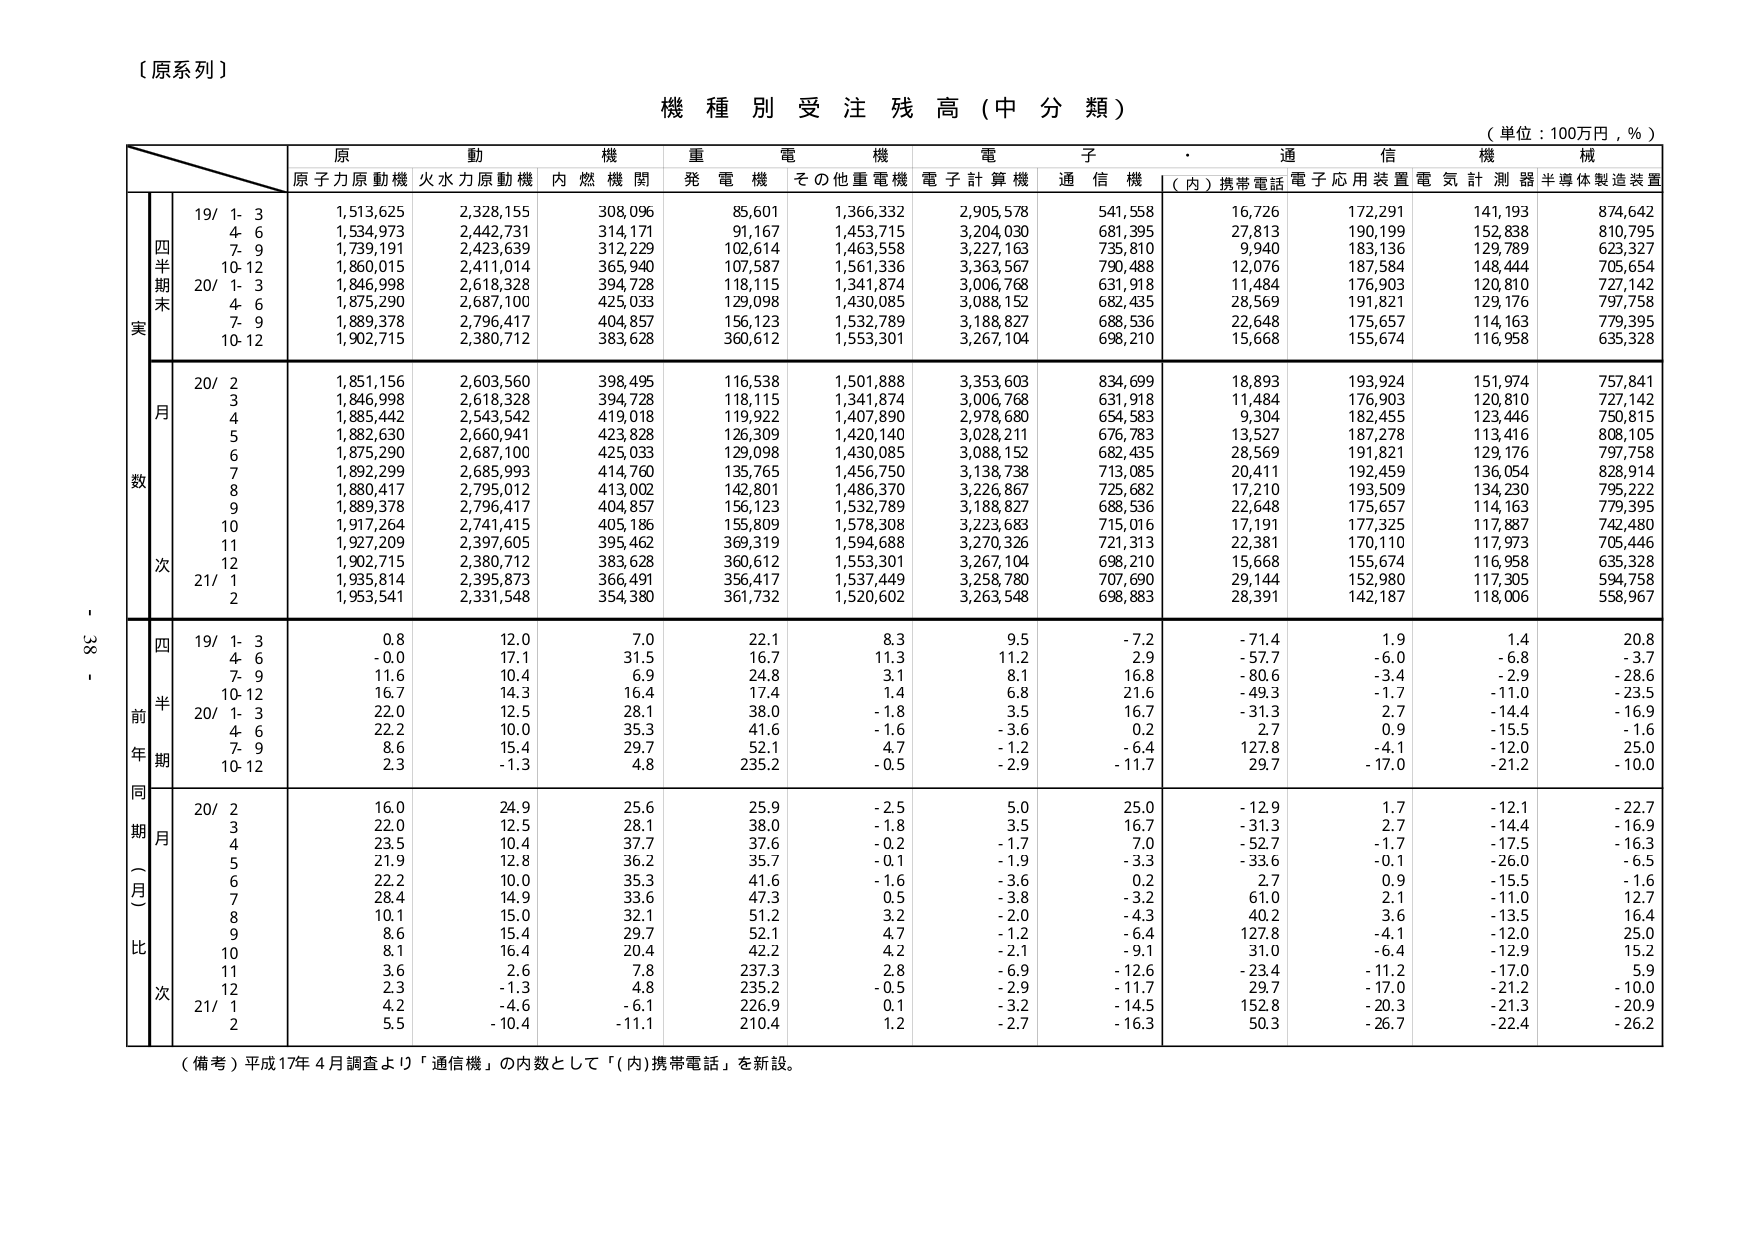
（原系列）

機種別受注残高（中分類）

（単位：100万円，％）

原動機　重電機　電子　通信機械
原子力原動機　火力力原動機　内燃機関　発電機　その他重電機　電子計算機　通信機　（内）携帯電話　電子応用装置　電気計測器　半導体製造装置

四半期末実数
19/ 1-3　1,513,625　2,328,155　308,096　85,601　1,366,332　2,905,578　541,558　16,726　172,291　141,193　874,642
　4-6　1,534,973　2,442,731　314,171　91,167　1,453,715　3,204,030　681,395　27,813　190,199　152,838　810,795
　7-9　1,739,191　2,423,639　312,229　102,614　1,463,558　3,227,163　735,810　9,940　183,136　129,789　623,327
　10-12　1,860,015　2,411,014　365,940　107,587　1,561,336　3,363,567　790,488　12,076　187,584　148,444　705,654
20/ 1-3　1,846,998　2,618,328　394,728　118,115　1,341,874　3,006,768　631,918　11,484　176,903　120,810　727,142
　4-6　1,875,290　2,687,100　425,033　129,098　1,430,085　3,088,152　682,435　28,569　191,821　129,176　797,758
　7-9　1,889,378　2,796,417　404,857　156,123　1,532,789　3,188,827　688,536　22,648　175,657　114,163　779,395
　10-12　1,902,715　2,380,712　383,628　360,612　1,553,301　3,267,104　698,210　15,668　155,674　116,958　635,328

月次数
20/ 2　1,851,156　2,603,560　398,495　116,538　1,501,888　3,353,603　834,699　18,893　193,924　151,974　757,841
　3　1,846,998　2,618,328　394,728　118,115　1,341,874　3,006,768　631,918　11,484　176,903　120,810　727,142
　4　1,885,442　2,543,542　419,018　119,922　1,407,890　2,978,680　654,583　9,304　182,455　123,446　750,815
　5　1,882,630　2,660,941　423,828　126,309　1,420,140　3,028,211　676,783　13,527　187,278　113,416　808,105
　6　1,875,290　2,687,100　425,033　129,098　1,430,085　3,088,152　682,435　28,569　191,821　129,176　797,758
　7　1,892,299　2,685,993　414,760　135,765　1,456,750　3,138,738　713,085　20,411　192,459　136,054　828,914
　8　1,880,417　2,795,012　413,002　142,801　1,486,370　3,226,867　725,682　17,210　193,509　134,230　795,222
　9　1,889,378　2,796,417　404,857　156,123　1,532,789　3,188,827　688,536　22,648　175,657　114,163　779,395
　10　1,917,264　2,741,415　405,186　155,809　1,578,308　3,223,683　715,016　17,191　177,325　117,887　742,480
　11　1,927,209　2,397,605　395,462　369,319　1,594,688　3,270,326　721,313　22,381　170,110　117,973　705,446
　12　1,902,715　2,380,712　383,628　360,612　1,553,301　3,267,104　698,210　15,668　155,674　116,958　635,328
21/ 1　1,935,814　2,395,873　366,491　356,417　1,537,449　3,258,780　707,690　29,144　152,980　117,305　594,758
　2　1,953,541　2,331,548　354,380　361,732　1,520,602　3,263,548　698,883　28,391　142,187　118,006　558,967

四半期前年同期比（月次）
19/ 1-3　0.8　12.0　7.0　22.1　8.3　9.5　-7.2　-71.4　1.9　1.4　20.8
　4-6　-0.0　17.1　31.5　16.7　11.3　11.2　2.9　-57.7　-6.0　-6.8　-3.7
　7-9　11.6　10.4　6.9　24.8　3.1　8.1　16.8　-80.6　-3.4　-2.9　-28.6
　10-12　16.7　14.3　16.4　17.4　1.4　6.8　21.6　-49.3　-1.7　-11.0　-23.5
20/ 1-3　22.0　12.5　28.1　38.0　-1.8　3.5　16.7　-31.3　2.7　-14.4　-16.9
　4-6　22.2　10.0　35.3　41.6　-1.6　-3.6　0.2　2.7　0.9　-15.5　-1.6
　7-9　8.6　15.4　29.7　52.1　4.7　-1.2　-6.4　127.8　-4.1　-12.0　25.0
　10-12　2.3　-1.3　4.8　235.2　-0.5　-2.9　-11.7　29.7　-17.0　-21.2　-10.0

20/ 2　16.0　24.9　25.6　25.9　-2.5　5.0　25.0　-12.9　1.7　-12.1　-22.7
　3　22.0　12.5　28.1　38.0　-1.8　3.5　16.7　-31.3　2.7　-14.4　-16.9
　4　23.5　10.4　37.7　37.6　-0.2　-1.7　7.0　-52.7　-1.7　-17.5　-16.3
　5　21.9　12.8　36.2　35.7　-0.1　-1.9　-3.3　-33.6　-0.1　-26.0　-6.5
　6　22.2　10.0　35.3　41.6　-1.6　-3.6　0.2　2.7　0.9　-15.5　-1.6
　7　28.4　14.9　33.6　47.3　0.5　-3.8　-3.2　61.0　2.1　-11.0　12.7
　8　10.1　15.0　32.1　51.2　3.2　-2.0　-4.3　40.2　3.6　-13.5　16.4
　9　8.6　15.4　29.7　52.1　4.7　-1.2　-6.4　127.8　-4.1　-12.0　25.0
　10　8.1　16.4　20.4　42.2　4.2　-2.1　-9.1　31.0　-6.4　-12.9　15.2
　11　3.6　2.6　7.8　237.3　2.8　-6.9　-12.6　-23.4　-11.2　-17.0　5.9
　12　2.3　-1.3　4.8　235.2　-0.5　-2.9　-11.7　29.7　-17.0　-21.2　-10.0
21/ 1　4.2　-4.6　-6.1　226.9　0.1　-3.2　-14.5　152.8　-20.3　-21.3　-20.9
　2　5.5　-10.4　-11.1　210.4　1.2　-2.7　-16.3　50.3　-26.7　-22.4　-26.2

（備考）平成17年4月調査より「通信機」の内数として「（内）携帯電話」を新設。